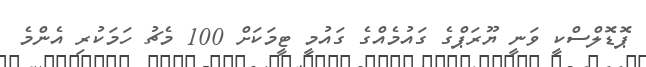
ޕޮޑޮލްސްކީ ވަނީ ޔޫރަޕްގެ ގައުމެއްގެ ގައުމީ ޓީމަކަށް 100 މެޗު ހަމަކުރި އެންމެ